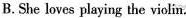
B. She loves playing the violin.